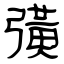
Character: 彉